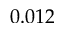
0 . 0 1 2